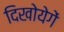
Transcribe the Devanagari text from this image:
दिखोयेगें